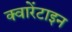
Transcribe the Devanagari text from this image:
क्वारेंटाइन